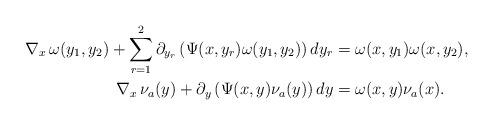
LaTeX: \begin{align*}\nabla_x \,\omega(y_1,y_2) + \sum_{r=1}^2 \partial_{y_r}\left( \Psi(x,y_r) \omega(y_1,y_2)\right) dy_r&= \omega(x,y_1)\omega(x,y_2),\\ \nabla_x \,\nu_a(y)+ \partial_y\left( \Psi(x,y) \nu_a(y)\right) dy&=\omega(x,y) \nu_a(x). \end{align*}